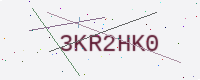
Text: 3KR2HK0